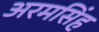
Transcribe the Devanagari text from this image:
अरमसिंह